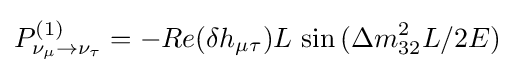
P_{\nu _{\mu }\rightarrow \nu _{\tau }}^{(1)}=-Re(\delta h_{\mu \tau })L\,\sin {(\Delta m_{32}^{2}L/2E)}